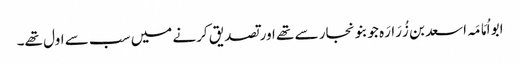
ابو اُمَامَہ اسعد بن زُرَارَہ جو بنو نجار سے تھے اور تصدیق کرنے میں سب سے اول تھے۔